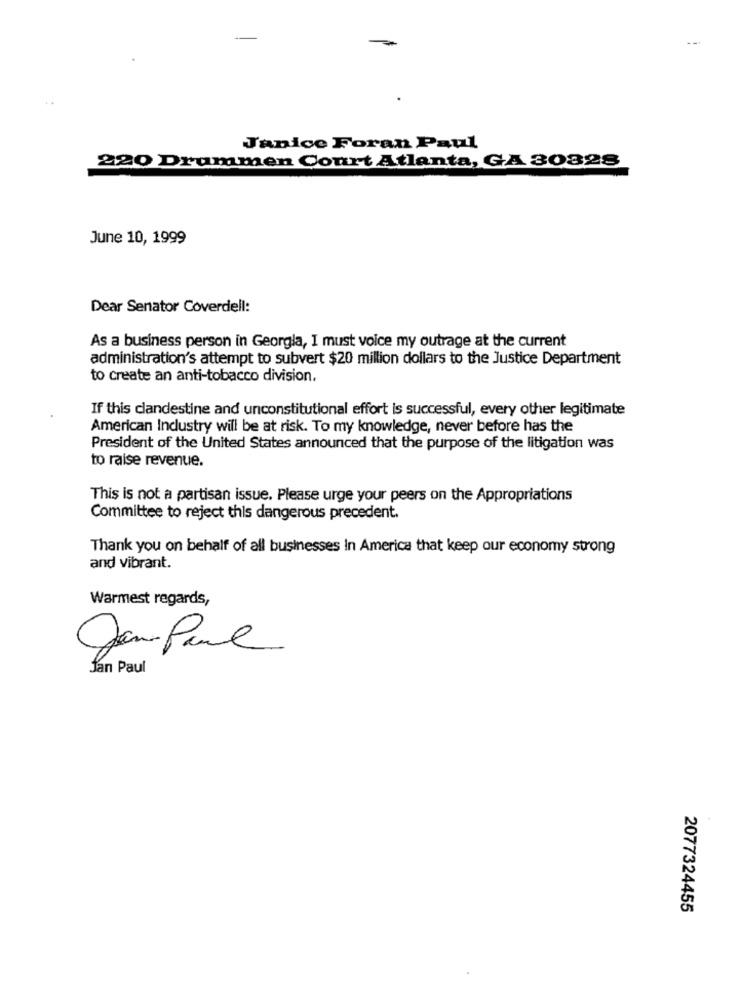
4 4
Janice Foran Paul
220 Drummen Court Atlanta, GA 30328
June 10, 1999
Dear Senator Coverdell:
As a business person in Georgia, I must voice my outrage at the current
administration's attempt to subvert $20 million dollars to the Justice Department
to create an anti-tobacco division.
If this clandestine and unconstitutional effort is successful, every other legitimate
American Industry will be at risk. To my knowledge, never before has the
President of the United States announced that the purpose of the litigation was
to raise revenue.
This is not a partisan issue. Please urge your peers on the Appropriations
Committee to reject this dangerous precedent.
Thank you on behalf of all businesses In America that keep our economy strong
and vibrant.
Warmest regards,
0
Jan Paul
2077324455